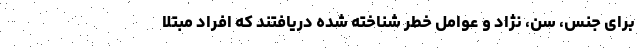
برای جنس، سن، نژاد و عوامل خطر شناخته شده دریافتند که افراد مبتلا